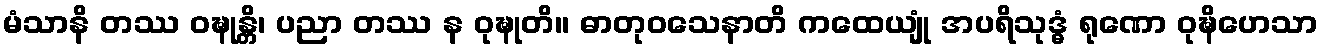
မံသာနိ တဿ ဝဍ္ဎုန္တိ၊ ပညာ တဿ န ဝုဍ္ဎုတိ။ ဓာတုဝသေနာတိ ကထေယျုံ အပရိသုဒ္ဓံ ရုဏော ဝုဍ္ဎိဟေသာ